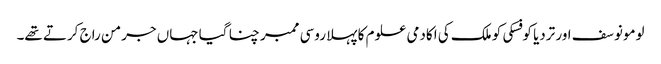
لومونوسف اور تردیا کوفسکی کو ملک کی اکادمی علوم کا پہلا روسی ممبر چنا گیا جہاں جرمن راج کرتے تھے۔